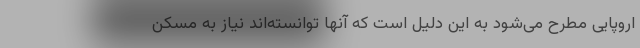
اروپایی مطرح می‌شود به این دلیل است که آنها توانسته‌اند نیاز به مسکن